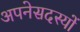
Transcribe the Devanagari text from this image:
अपनेसदस्यों